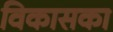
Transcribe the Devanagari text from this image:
विकासका